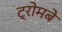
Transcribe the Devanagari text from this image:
ट्रोमबे